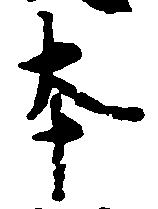
本